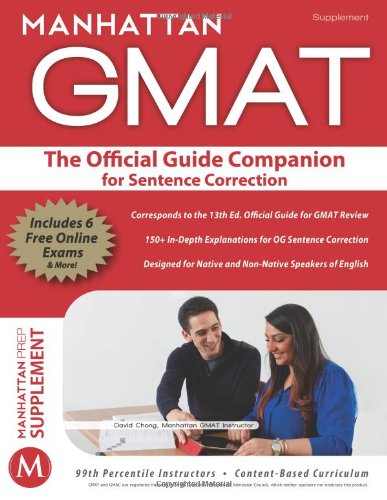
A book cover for Official Guide Companion for Sentence Correction (Manhattan Gmat); Manhattan GMAT; Education & Teaching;